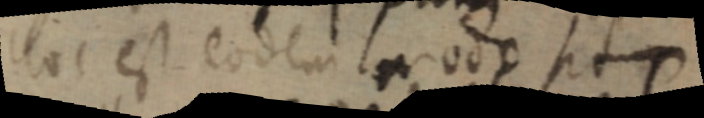
hoc est eodem modo sit